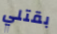
بقتلي